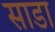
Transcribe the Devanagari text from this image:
साडा